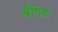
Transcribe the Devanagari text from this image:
श्रैंगिक